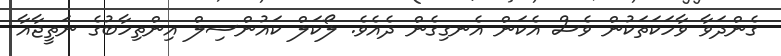
ގެންދަވާ ވާހަކަތަކުން ވެސް އެކަން އެނގިގެން ދެއެވެ. ލޯކަލް ކައުންސިލް އިންތިހާބުގެ ނަތީޖާއާ